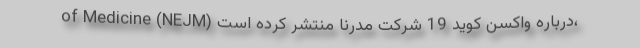
of Medicine (NEJM) درباره واکسن کوید 19 شرکت مدرنا منتشر کرده است،